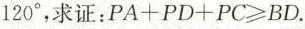
1 2 0 °$$，求证：$$P A + P D + P C ≥ B D$$.